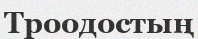
Троодостың